Vabadussoja_Ajaloo_Komitee, lk 18
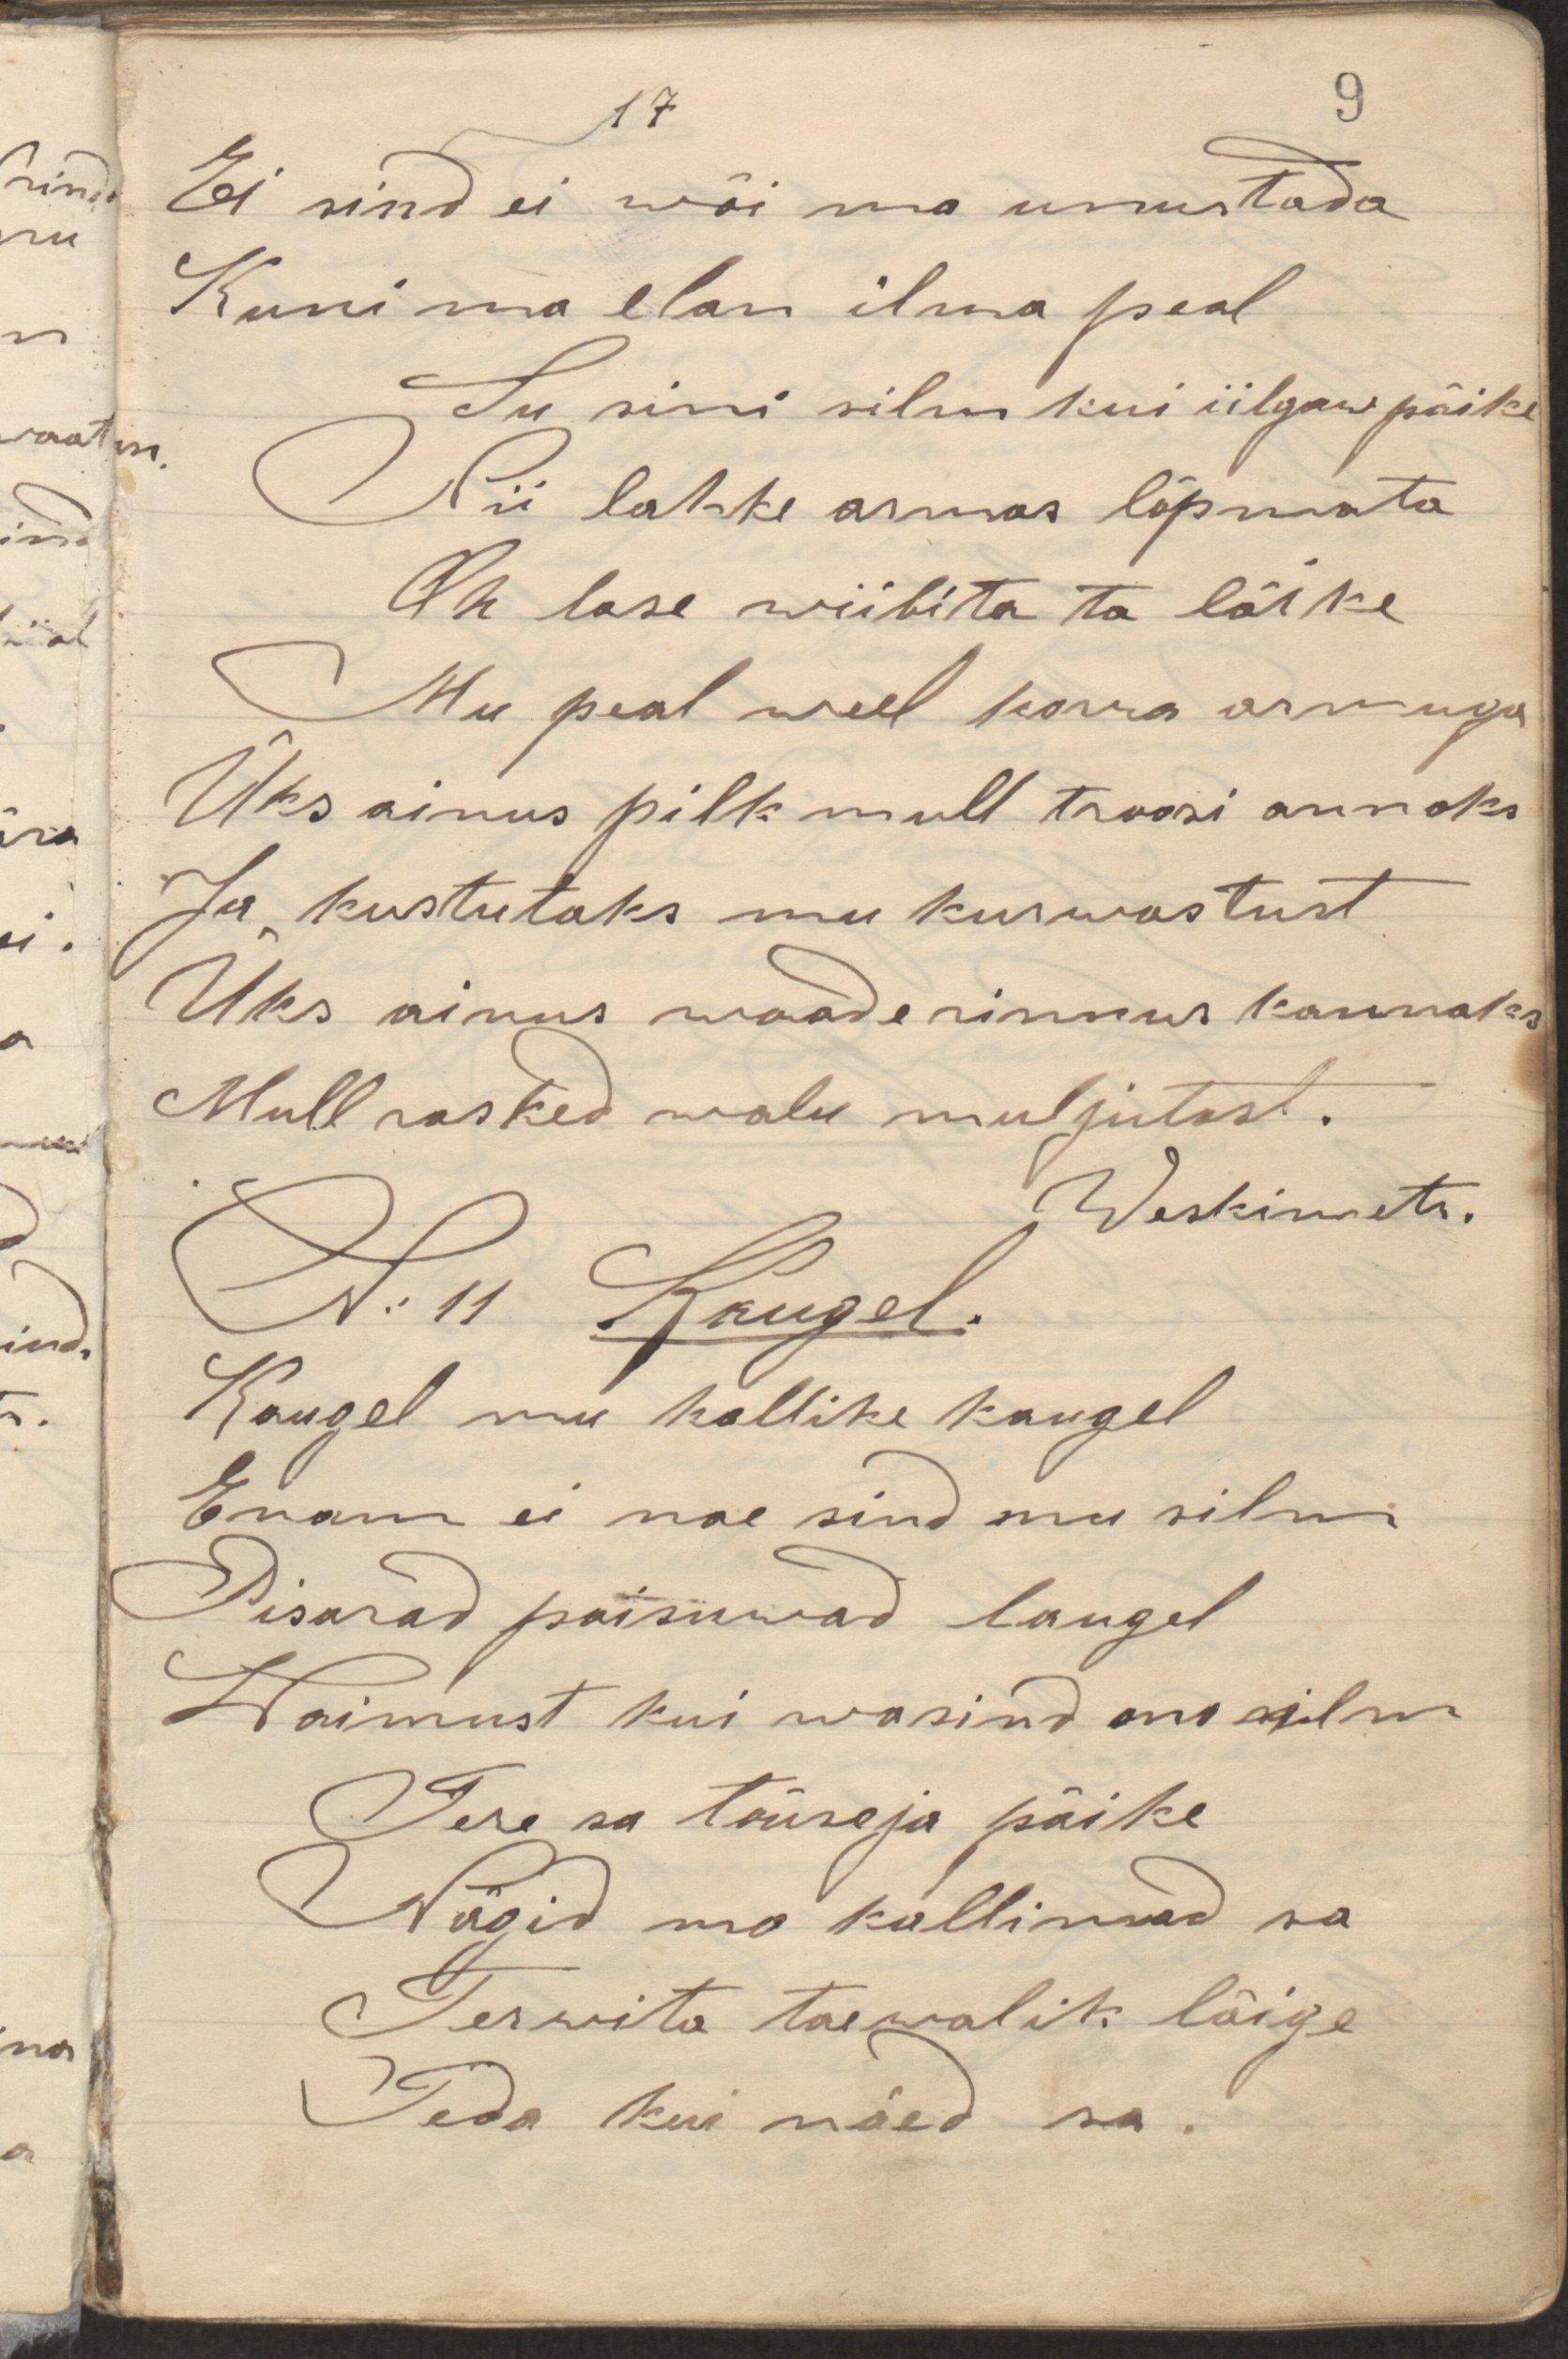
Ei sind ei wõi ma unustada
Kuni ma elan ilma peal
Su sini silm kui iilgaw päike
Nii lahke armas lõpmata
Oh lase wiibita ta läike
Mu peal weel korra armuga
Üks ainus pilk mull troosi annaks
Ja kustutaks mu kurwastust
Üks ainus waade rinnus kannaks
Mull rasked walu muljutast.
Weskimets.
N: 11 Kaugel.
Kauguel mu kallike kaugel
Enam ei nae sind mu silm
Pisarad paisuwad laugel
Waimust kui wasind mu silm
Tere sa tõuseja päike
Nägid mu kallimad sa
Terwita taewalik läige
Teda kui näed sa.